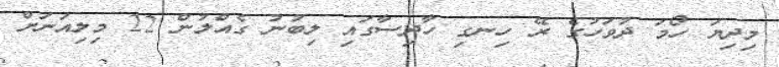
މިދިޔަ ހޯމަ ދުވަހުގެ ރޭ ހިނގި ހާދިސާގައި ލިބުނު ގެއްލުން 22 މިލިއަނަށް